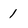
Character: 1